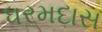
ધરમદાસ